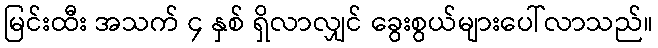
မြင်းထီး အသက် ၄ နှစ် ရှိလာလျှင် ခွေးစွယ်များပေါ်လာသည်။